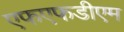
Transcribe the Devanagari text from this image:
एफएफडीएम